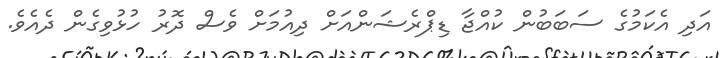
އަދި އެކަމުގެ ސަބަބުން ކުއްޖާ ޑިޕްރެޝަންއަށް ދިއުމަށް ވެސް ދޮރު ހުޅުވިގެން ދެއެވެ.